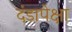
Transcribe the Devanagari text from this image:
दंडापेक्षा